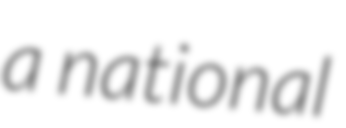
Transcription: a national